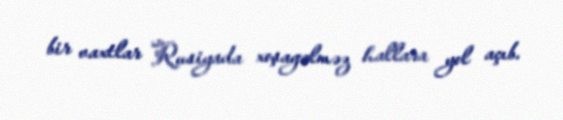
bir vaxtlar Rusiyada xoşagəlməz hallara yol açıb.